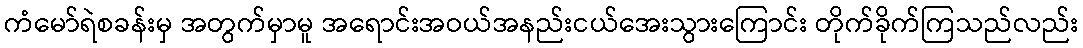
ကံမော်ရဲစခန်းမှ အတွက်မှာမူ အရောင်းအဝယ်အနည်းငယ်အေးသွားကြောင်း တိုက်ခိုက်ကြသည်လည်း